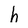
Character: h